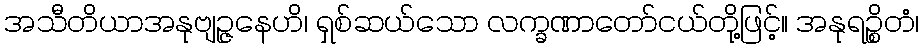
အသီတိယာအနုဗျဉ္ဇနေဟိ၊ ရှစ်ဆယ်သော လက္ခဏာတော်ငယ်တို့ဖြင့်။ အနုရဉ္စိတံ၊